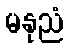
မနုညံ